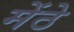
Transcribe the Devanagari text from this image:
मेंठे